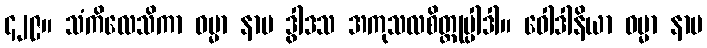
၄၂၉။ သံကိလေသိကာ ဓမ္မာ နာမ ဒွါဒသ အကုသလစိတ္တုပ္ပါဒါ။ ဝေါဒါနိယာ ဓမ္မာ နာမ